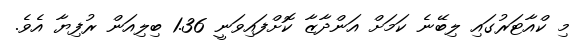
މި ކްއާޓަރުގައި ލިބޭނެ ކަމަށް އަންދާޒާ ކޮށްފައިވަނީ 1.36 ބިލިއަން ރުފިޔާ އެވެ.